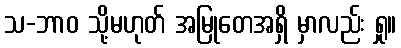
သ-ဘာဝ သို့မဟုတ် အမြုတေအရှိ မှာလည်း ရှု။